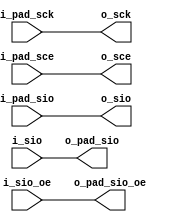
/** xspi_phy.v
 *
 * xSPI interface
 *
 * Single-, dual-, quad-, and octo-spi physical interface optimized (NOR flash)
 *
 */

`default_nettype none
`timescale 1ns/10ps

module xspi_phy_io #(
    parameter IO_POL = 1,
    parameter CE_POL = 1
) (
    // pad signals
    input        i_pad_sck, i_pad_sce,
    input  [3:0] i_pad_sio,
    output [3:0] o_pad_sio,
    output       o_pad_sio_oe,

    // module signals
    output       o_sck, o_sce,
    output [3:0] o_sio,
    input  [3:0] i_sio,
    input        i_sio_oe // 0 = input, 1 = output
);
    assign o_pad_sio_oe = i_sio_oe;

    // TODO: CPOL/CPHA?
    assign o_sck = i_pad_sck;

    generate
    if (CE_POL)
        assign o_sce =  i_pad_sce;
    else
        assign o_sce = ~i_pad_sce;
    endgenerate

    generate
    if (IO_POL) begin
        assign o_sio     =  i_pad_sio;
        assign o_pad_sio =  i_sio;
    end else begin
        assign o_sio     = ~i_pad_sio;
        assign o_pad_sio = ~i_sio;
    end
    endgenerate

endmodule

/* xspi_phy_slave
 * Single/dual/quad/octo-SPI slave block.
 *
 * This module is transaction-based. A transaction consists of the
 * transmission or receiption of txnbc_i bits across txnmode_i lanes, over
 * ceil(txnbc_i/(2**txnmode_i)) bus cycles. When txnbc_i bits have been
 * shifted in, txndone_o is asserted. txndata_o may be latched at the rising
 * edge of txndone_o or while txndone_o is high.
 *
 * Only supports SPI with CPOL = CPHA (data changes on falling edge, latched on rising).
 *
 * NOTE: !sce_i is the only reset
 * 
 * Parameters:
 *     WORD_SIZE         (default 32)    Number of bits in transaction data registers
 *     CYCLE_COUNT_BITS  (default 6)     Number of bits in cycle counter
 *                                       (max cycles = 2**CYCLE_COUNT_BITS)
 */
module xspi_phy_slave #(
    parameter WORD_SIZE        = 32, // bits in IO registers
    parameter CYCLE_COUNT_BITS = 6   // number of bits for cycle counter
) (
    // QSPI interface
    input                             sck_i,
    input                             sce_i,
    input                       [3:0] sio_i,
    output reg                  [3:0] sio_o,
    output                            sio_oe,    // 0 = input, 1 = output

    // transaction interface
    input      [CYCLE_COUNT_BITS-1:0] txnbc_i,   // transaction bit count
    input                             txndir_i,  // transaction direction, 0 = read, 1 = write
    input             [WORD_SIZE-1:0] txndata_i,
    output reg        [WORD_SIZE-1:0] txndata_o,
    output reg                        txndone_o  // high for one cycle when data has been received
);

    localparam WORD_SIZE_BITS = $clog2(WORD_SIZE);

    reg  [CYCLE_COUNT_BITS-1:0] cycle_counter;
    reg  [CYCLE_COUNT_BITS-1:0] txn_cycles; // calculated cycles for given txnbc_i
    wire [CYCLE_COUNT_BITS-1:0] outdata_index; // index of SPI word to present
    //wire                  [2:0] bc_odd_mask; // mask low bits for extra cycle check
    wire                        sce_i_b; // negative sce so we can trigger on posedge for reset
    wire                        cycle_stb;

    assign sce_i_b = !sce_i;
    assign outdata_index = txn_cycles - cycle_counter; // index of SPI word in data word
    assign cycle_stb = (cycle_counter == txn_cycles);

    assign sio_oe = sce_i && txndir_i;

    // calculate SPI cycles from bit count
    // an extra cycle is added if txnbc_i does not fit evenly into the
    // configured cycle width (i.e. txnbc_i mod 2**txnmode_i != 0)
    //assign bc_odd_mask = 3'b011;
    //assign txn_cycles = (txnbc_i >> txnmode_i) + (|(bc_odd_mask & txnbc_i[2:0]) ? 'b1 : 'b0) - 'b1;
    //always @(*)
    //    txn_cycles = (txnbc_i >> txnmode_i) + (|(bc_odd_mask & txnbc_i[2:0]) ? 'b1 : 'b0) - 'b1;
    always @(*)
        txn_cycles = (txnbc_i >> 2'b10) + (|(txnbc_i[1:0]) ? 'b1 : 'b0) - 'b1;

    // cycle counter
    always @(negedge sck_i or negedge sce_i)
        if (!sce_i) begin
            cycle_counter <= 'b0;
        end else if (txndone_o) begin
            cycle_counter <= 'b0;
        end else begin
            cycle_counter <= cycle_counter + 'b1;
        end

    // signal done on POSITIVE edge
    always @(posedge sck_i or posedge sce_i_b)
        if (sce_i_b) txndone_o <= 1'b0;
        else         txndone_o <= cycle_stb;

    // SPI

    // set SPI outputs combinationally to avoid deciding when to latch
    always @(*) sio_o = txndata_i[4*outdata_index[WORD_SIZE_BITS-1:0]+:4];

    always @(posedge sck_i) begin
        txndata_o <= { txndata_o[WORD_SIZE-5:0], sio_i[3:0] };
    end

`ifdef FORMAL
    // SPI inputs are synchronous to sck_i.
    // txn inputs are ~synchronous to txndone_o.
    // We can use the global clock to enforce these changes
    (* gclk *) reg f_clk;
    // f_clk past valid
    reg f_g_past_valid;
    initial f_g_past_valid = 0;
    always @(posedge f_clk) f_g_past_valid = 1;

    // sck past valid
    reg f_sck_past_valid;
    initial f_sck_past_valid = 0;
    always @(negedge sck_i) f_sck_past_valid = 1;

    // reset assumptions
    initial assume(!sce_i);
    always @(*) if (!f_sck_past_valid) assume(!sce_i);
    // clock can be initially high or low, but specifically test low
    initial assume(!sck_i);

    // assume we're trying to do something useful
    always @(*) assume(txnbc_i > 0);
    // requesting more than a data word is undefined
    always @(*) assume(txnbc_i <= WORD_SIZE);

    reg [CYCLE_COUNT_BITS-1:0] f_txnbc;
    reg                        f_txndir;
    reg        [WORD_SIZE-1:0] f_txndata;

    // record parameters for this transaction
    always @(negedge sck_i)
        if (sce_i && f_sck_past_valid && (txndone_o || !$past(sce_i))) begin
            f_txnbc   <= txnbc_i;
            f_txndir  <= txndir_i;
            f_txndata <= txndata_i;
        end

    // count (completed) transactions
    integer f_txn_counter;
    initial f_txn_counter = 0;
    always @(negedge sck_i or negedge sce_i)
        if (!sce_i)         f_txn_counter <= 0;
        else if (txndone_o) f_txn_counter <= f_txn_counter + 1;

    wire txndone_cond; // when true, txndone_o will be set on next sck rising edge
    assign txndone_cond = sce_i && (cycle_counter == txn_cycles);

    // transaction configuration should only change on txndone_o rising edge
    // (or reset)
    always @(posedge f_clk) begin
        if (!sce_i || (f_g_past_valid && !$rose(txndone_o))) begin
            assume(txnbc_i   == f_txnbc);
            assume(txndir_i  == f_txndir);
            assume(txndata_i == f_txndata);
        end
    end

    // track transaction cycles
    reg [CYCLE_COUNT_BITS-1:0] f_cc;
    always @(negedge sck_i or negedge sce_i)
        if (!sce_i) begin
            f_cc <= 'b0;
        end else if (txndone_o) begin
            f_cc <= 'b0;
        end else begin
            f_cc <= f_cc + 'b1;
        end

    // mask for "extra" bits
    wire [2:0] f_bcmask;
    assign f_bcmask = 3'b011;

    // spi input words should be shifted into txndata_o
    // first spi word is MSW, last is LSW
    genvar txndi;
    generate
    // txnmode_i = 10
    for (txndi=0; txndi < (WORD_SIZE/4); txndi = txndi + 1) begin
        always @(negedge sck_i)
            if ((txndi < f_cc) /*&& f_txnmode == 2'b10*/ && !sce_i && f_sck_past_valid)
                    assert(txndata_o[4*txndi:+4] == $past(sio_i[3:0], txndi));
    end
    endgenerate

    // spi output words should be shifted from txndata_i
    // first spi word is MSW, last is LSW
    genvar sioi;
    generate
    // txnmode_i = 10
    for (sioi=0; sioi < (WORD_SIZE/4); sioi = sioi + 1) begin
        always @(negedge sck_i)
            if ((sioi < f_cc) /*&& f_txnmode == 2'b10*/ && !sce_i && f_sck_past_valid)
                    assert(f_txndata[4*sioi:+4] == $past(sio_o[3:0], sioi));
    end
    endgenerate

    // never assert output unless enabled
    // always assert output if sce_i and txndir_i
    always @(posedge f_clk) begin
        if (f_g_past_valid) begin
            if (sce_i) begin
                if ($fell(sck_i)) assert(sio_oe == ($past(sce_i) && $past(txndir_i)));
                else              assert($stable(sio_oe));
            end else begin
                assert(!sio_oe);
            end
        end
    end

    // covers
    always @(*) begin
        if (f_sck_past_valid && sce_i) begin
c_txn:      cover(txndone_o); // a transaction should complete
c_txnw:     cover(txndone_cond && !txndir_i); // a write transaction should complete
c_txnwnz:   cover(txndone_cond && !txndir_i && (txndata_o[txnbc_i-1:0] != 'b0)); // a nonzero write transaction should complete
c_txnr:     cover(txndone_cond &&  txndir_i); // a read transaction should complete
c_txnrnz:   cover(txndone_cond &&  txndir_i && (txndata_i[txnbc_i-1:0] != 'b0)); // a nonzero read transaction should complete
//c_txnm00:   cover(txndone_cond && (txnmode_i == 2'b00)); // a single-spi transaction should complete
//c_txnm01:   cover(txndone_cond && (txnmode_i == 2'b01)); // a dual-spi transaction should complete
c_txnm10:   cover(txndone_cond /*&& (txnmode_i == 2'b10)*/); // a quad-spi transaction should complete
//c_txnm11:   cover(txndone_cond && (txnmode_i == 2'b11)); // an octo-spi transaction should complete
c_txnce:    cover(txndone_cond && !|(f_bcmask & txnbc_i[2:0])); // a transaction should complete with an "even" number of cycles
c_txnco:    cover(txndone_cond &&  |(f_bcmask & txnbc_i[2:0])); // a transaction should complete with an "odd" number of cycles
//c_txnfwm00: cover(txndone_cond && (txnbc_i == WORD_SIZE) && (txnmode_i == 2'b00) && (txndata_i[txnbc_i-1:0] != 'b0) && (txndata_o[txnbc_i-1:0] != 'b0)); // full word mode 00
//c_txnfwm01: cover(txndone_cond && (txnbc_i == WORD_SIZE) && (txnmode_i == 2'b01) && (txndata_i[txnbc_i-1:0] != 'b0) && (txndata_o[txnbc_i-1:0] != 'b0)); // full word mode 01
c_txnfwm10: cover(txndone_cond && (txnbc_i == WORD_SIZE) /*&& (txnmode_i == 2'b10)*/ && (txndata_i[txnbc_i-1:0] != 'b0) && (txndata_o[txnbc_i-1:0] != 'b0)); // full word mode 10
//c_txnfwm11: cover(txndone_cond && (txnbc_i == WORD_SIZE) && (txnmode_i == 2'b11) && (txndata_i[txnbc_i-1:0] != 'b0) && (txndata_o[txnbc_i-1:0] != 'b0)); // full word mode 11
c_2t:       cover(f_txn_counter == 2);
c_3t:       cover(f_txn_counter == 3);
c_4t:       cover(f_txn_counter == 4);
        end
    end

`endif
endmodule